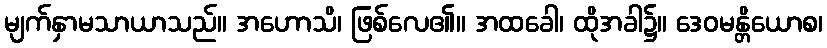
မျက်နှာမသာယာသည်။ အဟောသိ၊ ဖြစ်လေ၏။ အထခေါ၊ ထိုအခါ၌။ ဒေဝမန္တိယောစ၊